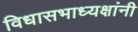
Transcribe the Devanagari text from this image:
विधासभाध्यक्षांनी